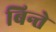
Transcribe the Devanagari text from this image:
बिन्ते